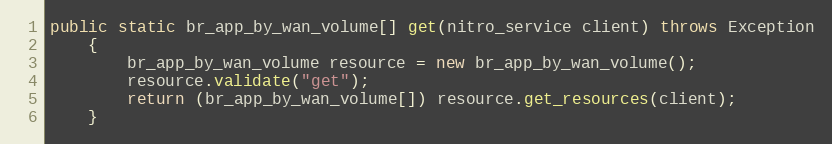
Language: Java
public static br_app_by_wan_volume[] get(nitro_service client) throws Exception
	{
		br_app_by_wan_volume resource = new br_app_by_wan_volume();
		resource.validate("get");
		return (br_app_by_wan_volume[]) resource.get_resources(client);
	}